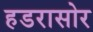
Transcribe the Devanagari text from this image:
हडरासोर